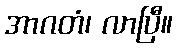
အာဂတံ၊ လာပြီ။